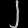
Digit: ၂